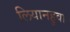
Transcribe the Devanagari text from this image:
लियानहुवा